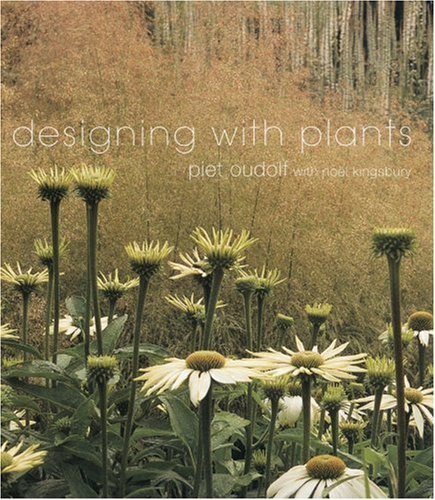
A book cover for Designing with Plants; Piet Oudolf; Crafts, Hobbies & Home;